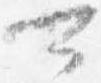
可